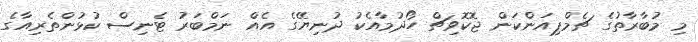
މި މުބާރާތުގެ ޗެމްޕިއަންކަން ޖޮކޮވިޗް ހޯދުމާއެކު ދުނިޔޭގެ އެއް ނަމްބަރު ޓެނިސް ކުޅުންތެރިއާގެ